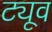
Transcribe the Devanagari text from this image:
ट्यूव